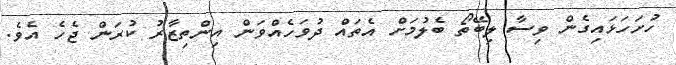
ހުށަހަޅައިގެން ވިސާ ލިބޭތޯ ބެލުމަށް އެތައް ދުވަހެއްވަން އިންތިޒާރު ކުރަން ޖެހެ އެވެ.